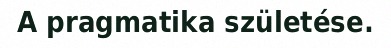
A pragmatika születése.